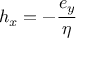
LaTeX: h _ { x } = - { \frac { e _ { y } } { \eta } }